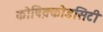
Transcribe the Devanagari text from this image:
कोष़िक्कोडसिटी